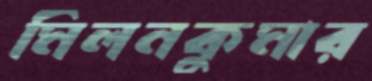
মিলনকুমার